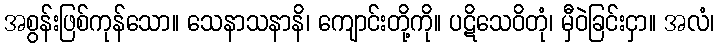
အစွန်းဖြစ်ကုန်သော။ သေနာသနာနိ၊ ကျောင်းတို့ကို။ ပဋိသေဝိတုံ၊ မှီဝဲခြင်းငှာ။ အလံ၊